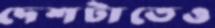
দেশটাতেও